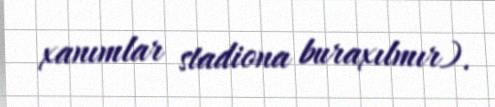
xanımlar stadiona buraxılmır).